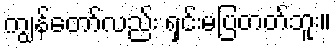
ကျွန်တော်လည်း ရှင်းမပြတတ်ဘူး။